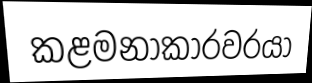
කළමනාකාරවරයා